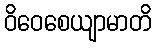
ဝိဝေစေယျာမာတိ